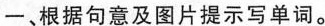
-、根据句意及图片提示写单词.